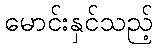
မောင်းနှင်သည့်